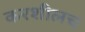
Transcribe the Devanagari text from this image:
करशीलच